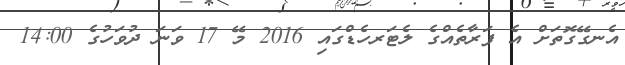
އެނގޭގޮތަށް އެ ފަރާތެއްގެ ލެޓަރހެޑްގައި 2016 މޭ 17 ވަނަ ދުވަހުގެ 14:00